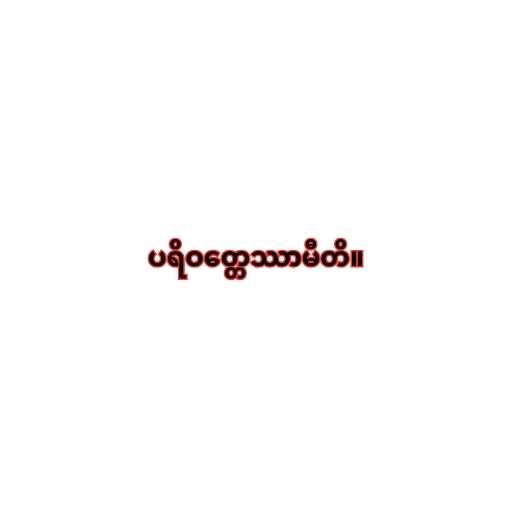
ပရိဝတ္တေဿာမီတိ။